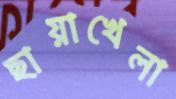
ছায়াখেলা